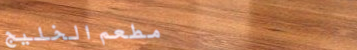
مطعم الخليج